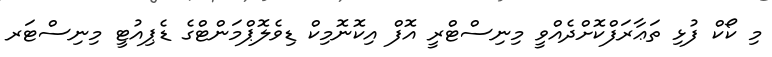
މި ކޯކް ފުޅި ތަޢާރަފްކޮށްދެއްވީ މިނިސްޓްރީ އޮފް އިކޮނޮމިކް ޑިވެލޮޕްމަންޓްގެ ޑެޕިއުޓީ މިނިސްޓަރ